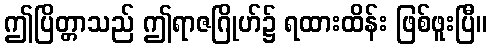
ဤပြိတ္တာသည် ဤရာဇဂြိုဟ်၌ ရထားထိန်း ဖြစ်ဖူးပြီ။